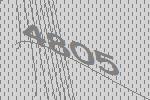
4805